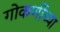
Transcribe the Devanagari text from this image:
गोकर्णीच्या